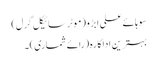
سوہائے علی ابڑو (موٹر سائیکل گرل)
بہترین اداکارہ (رائے شماری) ۔